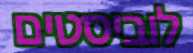
לוביסטים